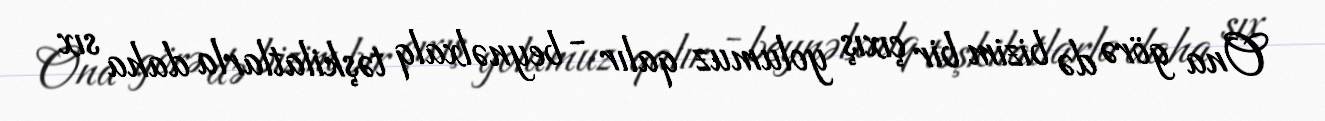
Ona görə də bizim bir çıxış yolumuz qalır - beynəlxalq təşkilatlarla daha sıx